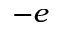
- e